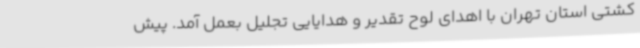
کشتی استان تهران با اهدای لوح تقدیر و هدایایی تجلیل بعمل آمد. پیش